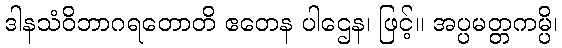
ဒါနသံဝိဘာဂရတောတိ ဧတေန ပါဌေန၊ ဖြင့်။ အပ္ပမတ္တကမ္ပိ၊